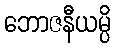
ဘောဇနီယမ္ပိ